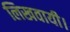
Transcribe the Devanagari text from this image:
लिखवायी।